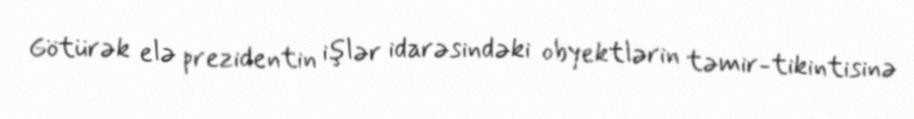
Götürək elə prezidentin işlər idarəsindəki obyektlərin təmir-tikintisinə